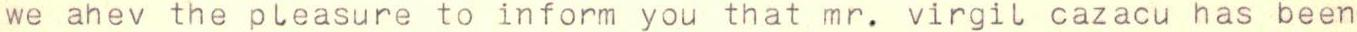
we ahev the pleasure to inform you that mr. virgil cazacu has been